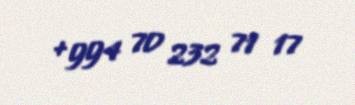
+994 70 232 71 17